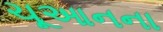
ચૂઆનના